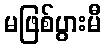
မဖြစ်ပွားမီ